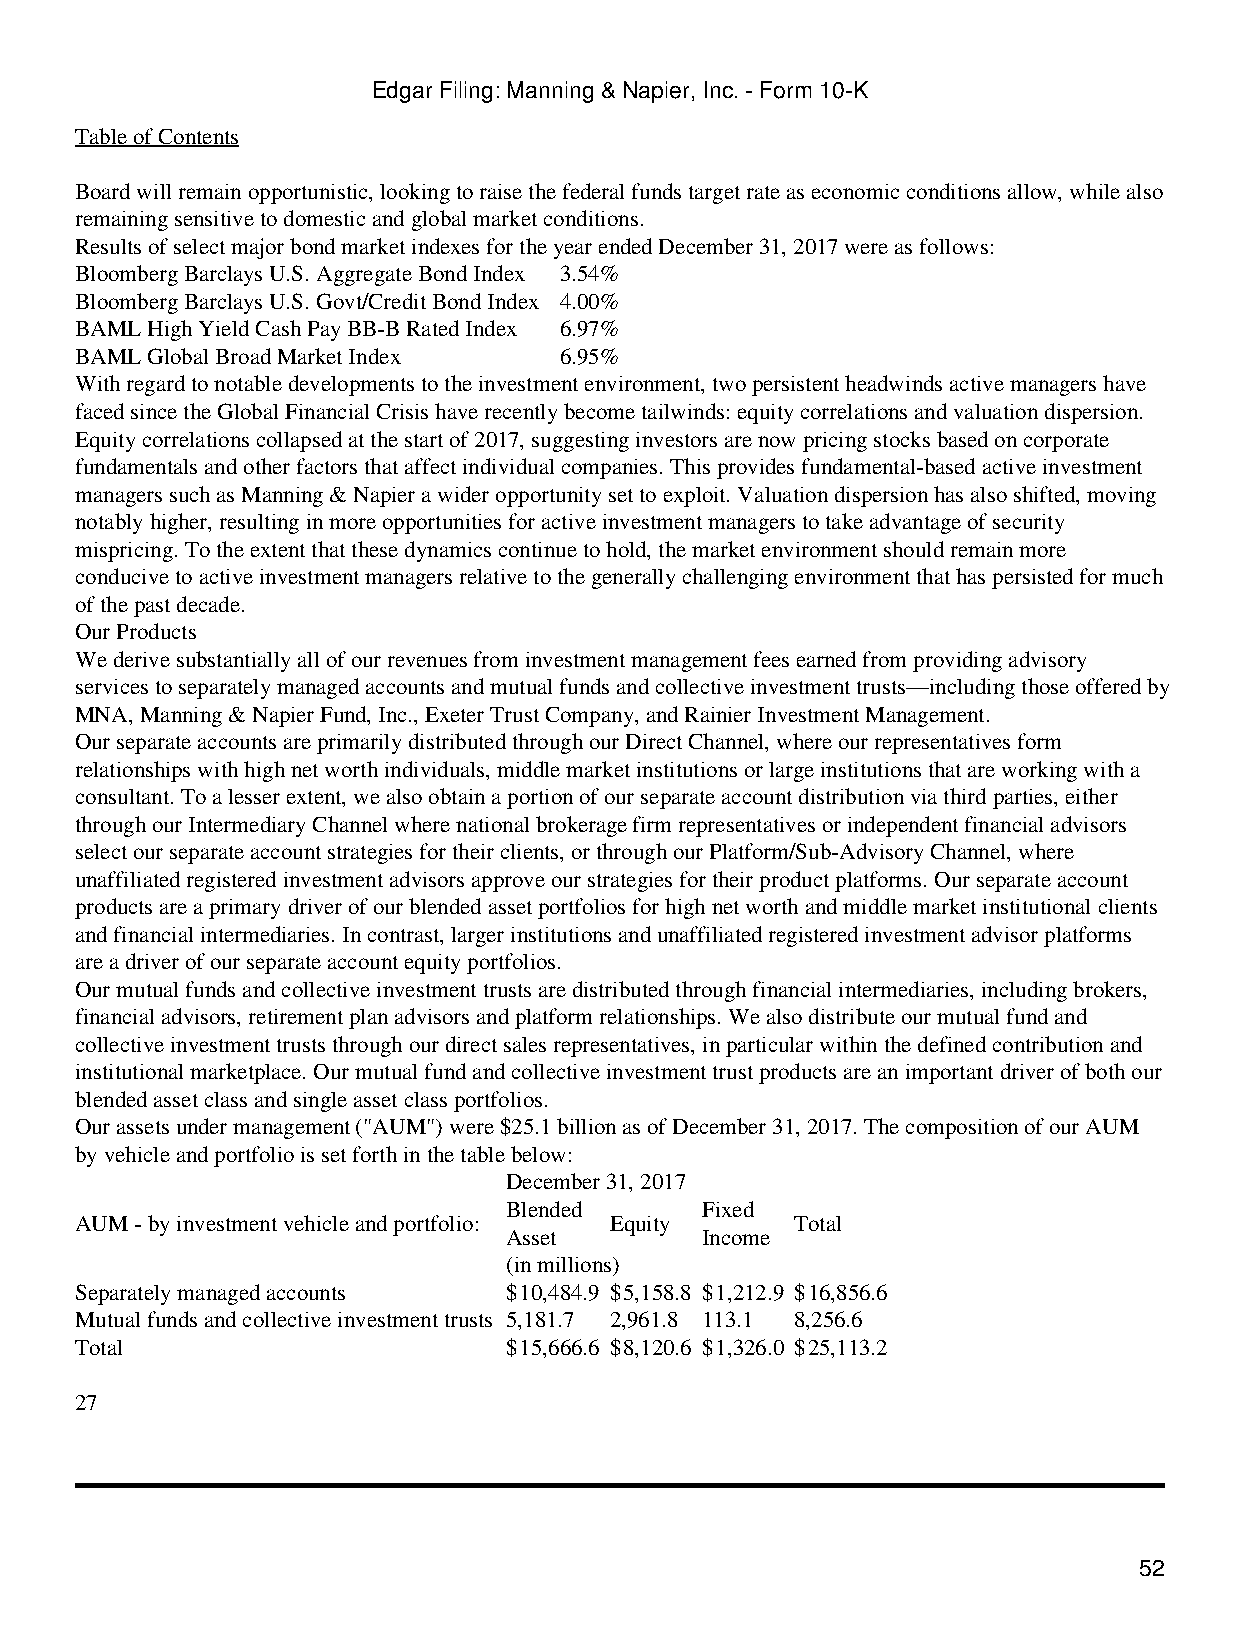
Edgar Filing: Manning & Napier, Inc. - Form 10-K
 Table of Contents
 Board will remain opportunistic, looking to raise the federal funds target rate as economic conditions allow, while also
 remaining sensitive to domestic and global market conditions.
 Results of select major bond market indexes for the year ended December 31, 2017 were as follows:
 Bloomberg Barclays U.S. Aggregate Bond Index 3.54%
 Bloomberg Barclays U.S. Govt/Credit Bond Index 4.00%
 BAML High Yield Cash Pay BB-B Rated Index 6.97%
 BAML Global Broad Market Index  6.95%
 With regard to notable developments to the investment environment, two persistent headwinds active managers have
 faced since the Global Financial Crisis have recently become tailwinds: equity correlations and valuation dispersion.
 Equity correlations collapsed at the start of 2017, suggesting investors are now pricing stocks based on corporate
 fundamentals and other factors that affect individual companies. This provides fundamental-based active investment
 managers such as Manning & Napier a wider opportunity set to exploit. Valuation dispersion has also shifted, moving
 notably higher, resulting in more opportunities for active investment managers to take advantage of security
 mispricing. To the extent that these dynamics continue to hold, the market environment should remain more
 conducive to active investment managers relative to the generally challenging environment that has persisted for much
 of the past decade.
 Our Products
 We derive substantially all of our revenues from investment management fees earned from providing advisory
 services to separately managed accounts and mutual funds and collective investment trusts—including those offered by
 MNA, Manning & Napier Fund, Inc., Exeter Trust Company, and Rainier Investment Management.
 Our separate accounts are primarily distributed through our Direct Channel, where our representatives form
 relationships with high net worth individuals, middle market institutions or large institutions that are working with a
 consultant. To a lesser extent, we also obtain a portion of our separate account distribution via third parties, either
 through our Intermediary Channel where national brokerage firm representatives or independent financial advisors
 select our separate account strategies for their clients, or through our Platform/Sub-Advisory Channel, where
 unaffiliated registered investment advisors approve our strategies for their product platforms. Our separate account
 products are a primary driver of our blended asset portfolios for high net worth and middle market institutional clients
 and financial intermediaries. In contrast, larger institutions and unaffiliated registered investment advisor platforms
 are a driver of our separate account equity portfolios.
 Our mutual funds and collective investment trusts are distributed through financial intermediaries, including brokers,
 financial advisors, retirement plan advisors and platform relationships. We also distribute our mutual fund and
 collective investment trusts through our direct sales representatives, in particular within the defined contribution and
 institutional marketplace. Our mutual fund and collective investment trust products are an important driver of both our
 blended asset class and single asset class portfolios.
 Our assets under management ("AUM") were $25.1 billion as of December 31, 2017. The composition of our AUM
 by vehicle and portfolio is set forth in the table below:
 December 31, 2017
 Blended      Fixed
 AUM - by investment vehicle and portfolio: Equity Total
 Asset        Income
 (in millions)
 Separately managed accounts $10,484.9 $5,158.8 $1,212.9 $16,856.6
 Mutual funds and collective investment trusts 5,181.7 2,961.8 113.1 8,256.6
 Total                       $15,666.6 $8,120.6 $1,326.0 $25,113.2
 27
 52